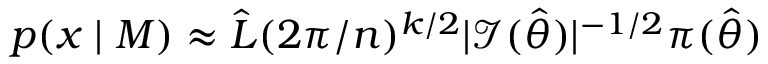
p ( x \mid M ) \approx { \hat { L } } ( 2 \pi / n ) ^ { k / 2 } | { \mathcal { I } } ( { \widehat { \theta } } ) | ^ { - 1 / 2 } \pi ( { \widehat { \theta } } )